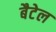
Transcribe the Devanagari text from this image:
बैटेल